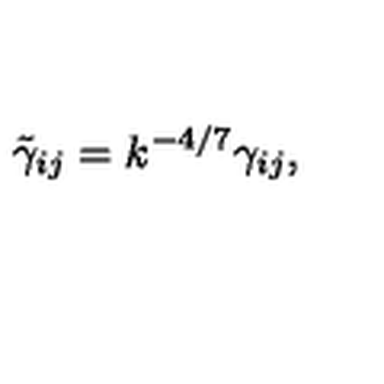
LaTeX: \tilde { \gamma } _ { i j } = k ^ { - 4 / 7 } \gamma _ { i j } ,